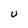
Character: U